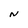
Character: N